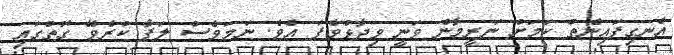
އެނގިފައިނެތް ކަމަށް ނަރީމާން ވަނީ ވިދާޅުވެފަ އެވެ. ނަމަވެސް ލަފާ ކުރެވޭ ގޮތުގައި